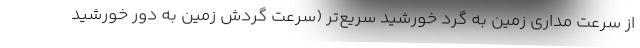
از سرعت مداری زمین به گرد خورشید سریع‌تر (سرعت گردش زمین به دور خورشید